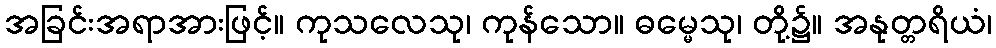
အခြင်းအရာအားဖြင့်။ ကုသလေသု၊ ကုန်သော။ ဓမ္မေသု၊ တို့၌။ အနုတ္တရိယံ၊